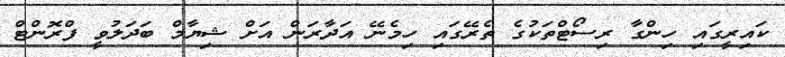
ކައިރީގައި ހިންގާ ރިސޯޓްތަކުގެ ތެރޭގައި ހިމެނޭ އަދާރަން އަށް ޝިޔާމް ބަދަލުވީ ފްރޮންޓް